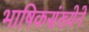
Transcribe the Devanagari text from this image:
भाषिकसंख्येने